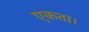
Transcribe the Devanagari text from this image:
एकता।